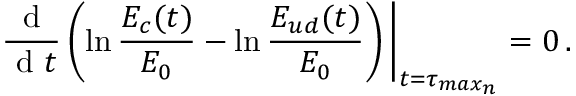
\frac { \textrm { d } } { \textrm { d } t } \left( \ln \frac { E _ { c } ( t ) } { E _ { 0 } } - \ln \frac { E _ { u d } ( t ) } { E _ { 0 } } \right) \bigg | _ { t = \tau _ { m a x _ { n } } } = 0 \, .